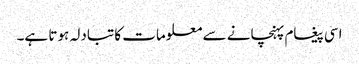
اسی پیغام پہنچانے سے معلومات کا تبادلہ ہوتا ہے۔